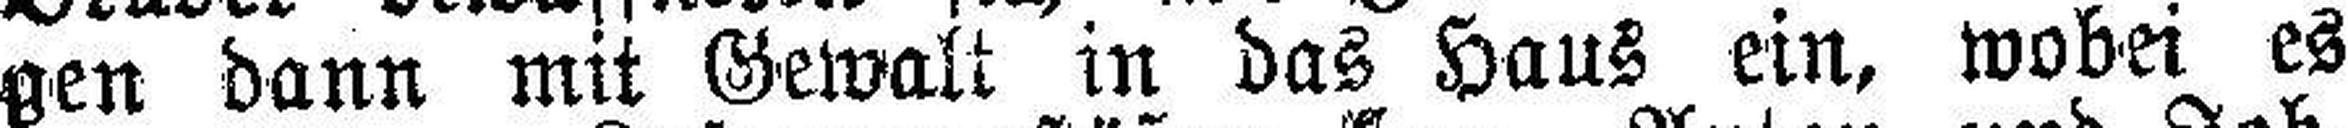
gen dann mit Gewalt in das Haus ein, wobei es